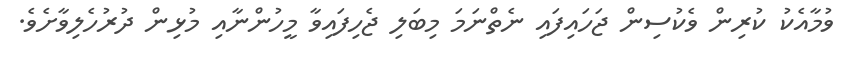
ވުމާއެކު ކުރިން ވެކުސިން ޖަހައިފައި ނެތްނަމަ މިބަލި ޖެހިފައިވާ މީހުންނާއި މުޅިން ދުރުހެލިވާށެވެ.